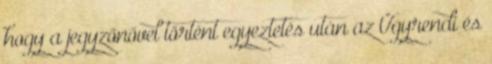
hogy a jegyzőnővel történt egyeztetés után az Ügyrendi és